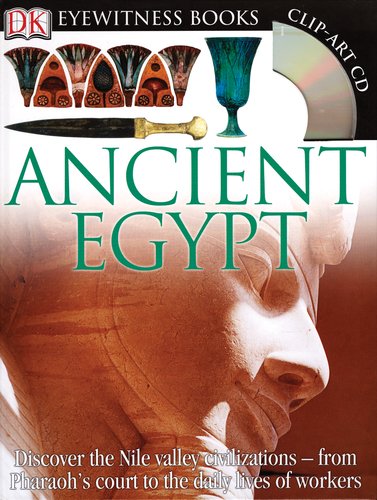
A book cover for DK Eyewitness Books: Ancient Egypt; George Hart; Children's Books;